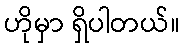
ဟိုမှာ ရှိပါတယ်။